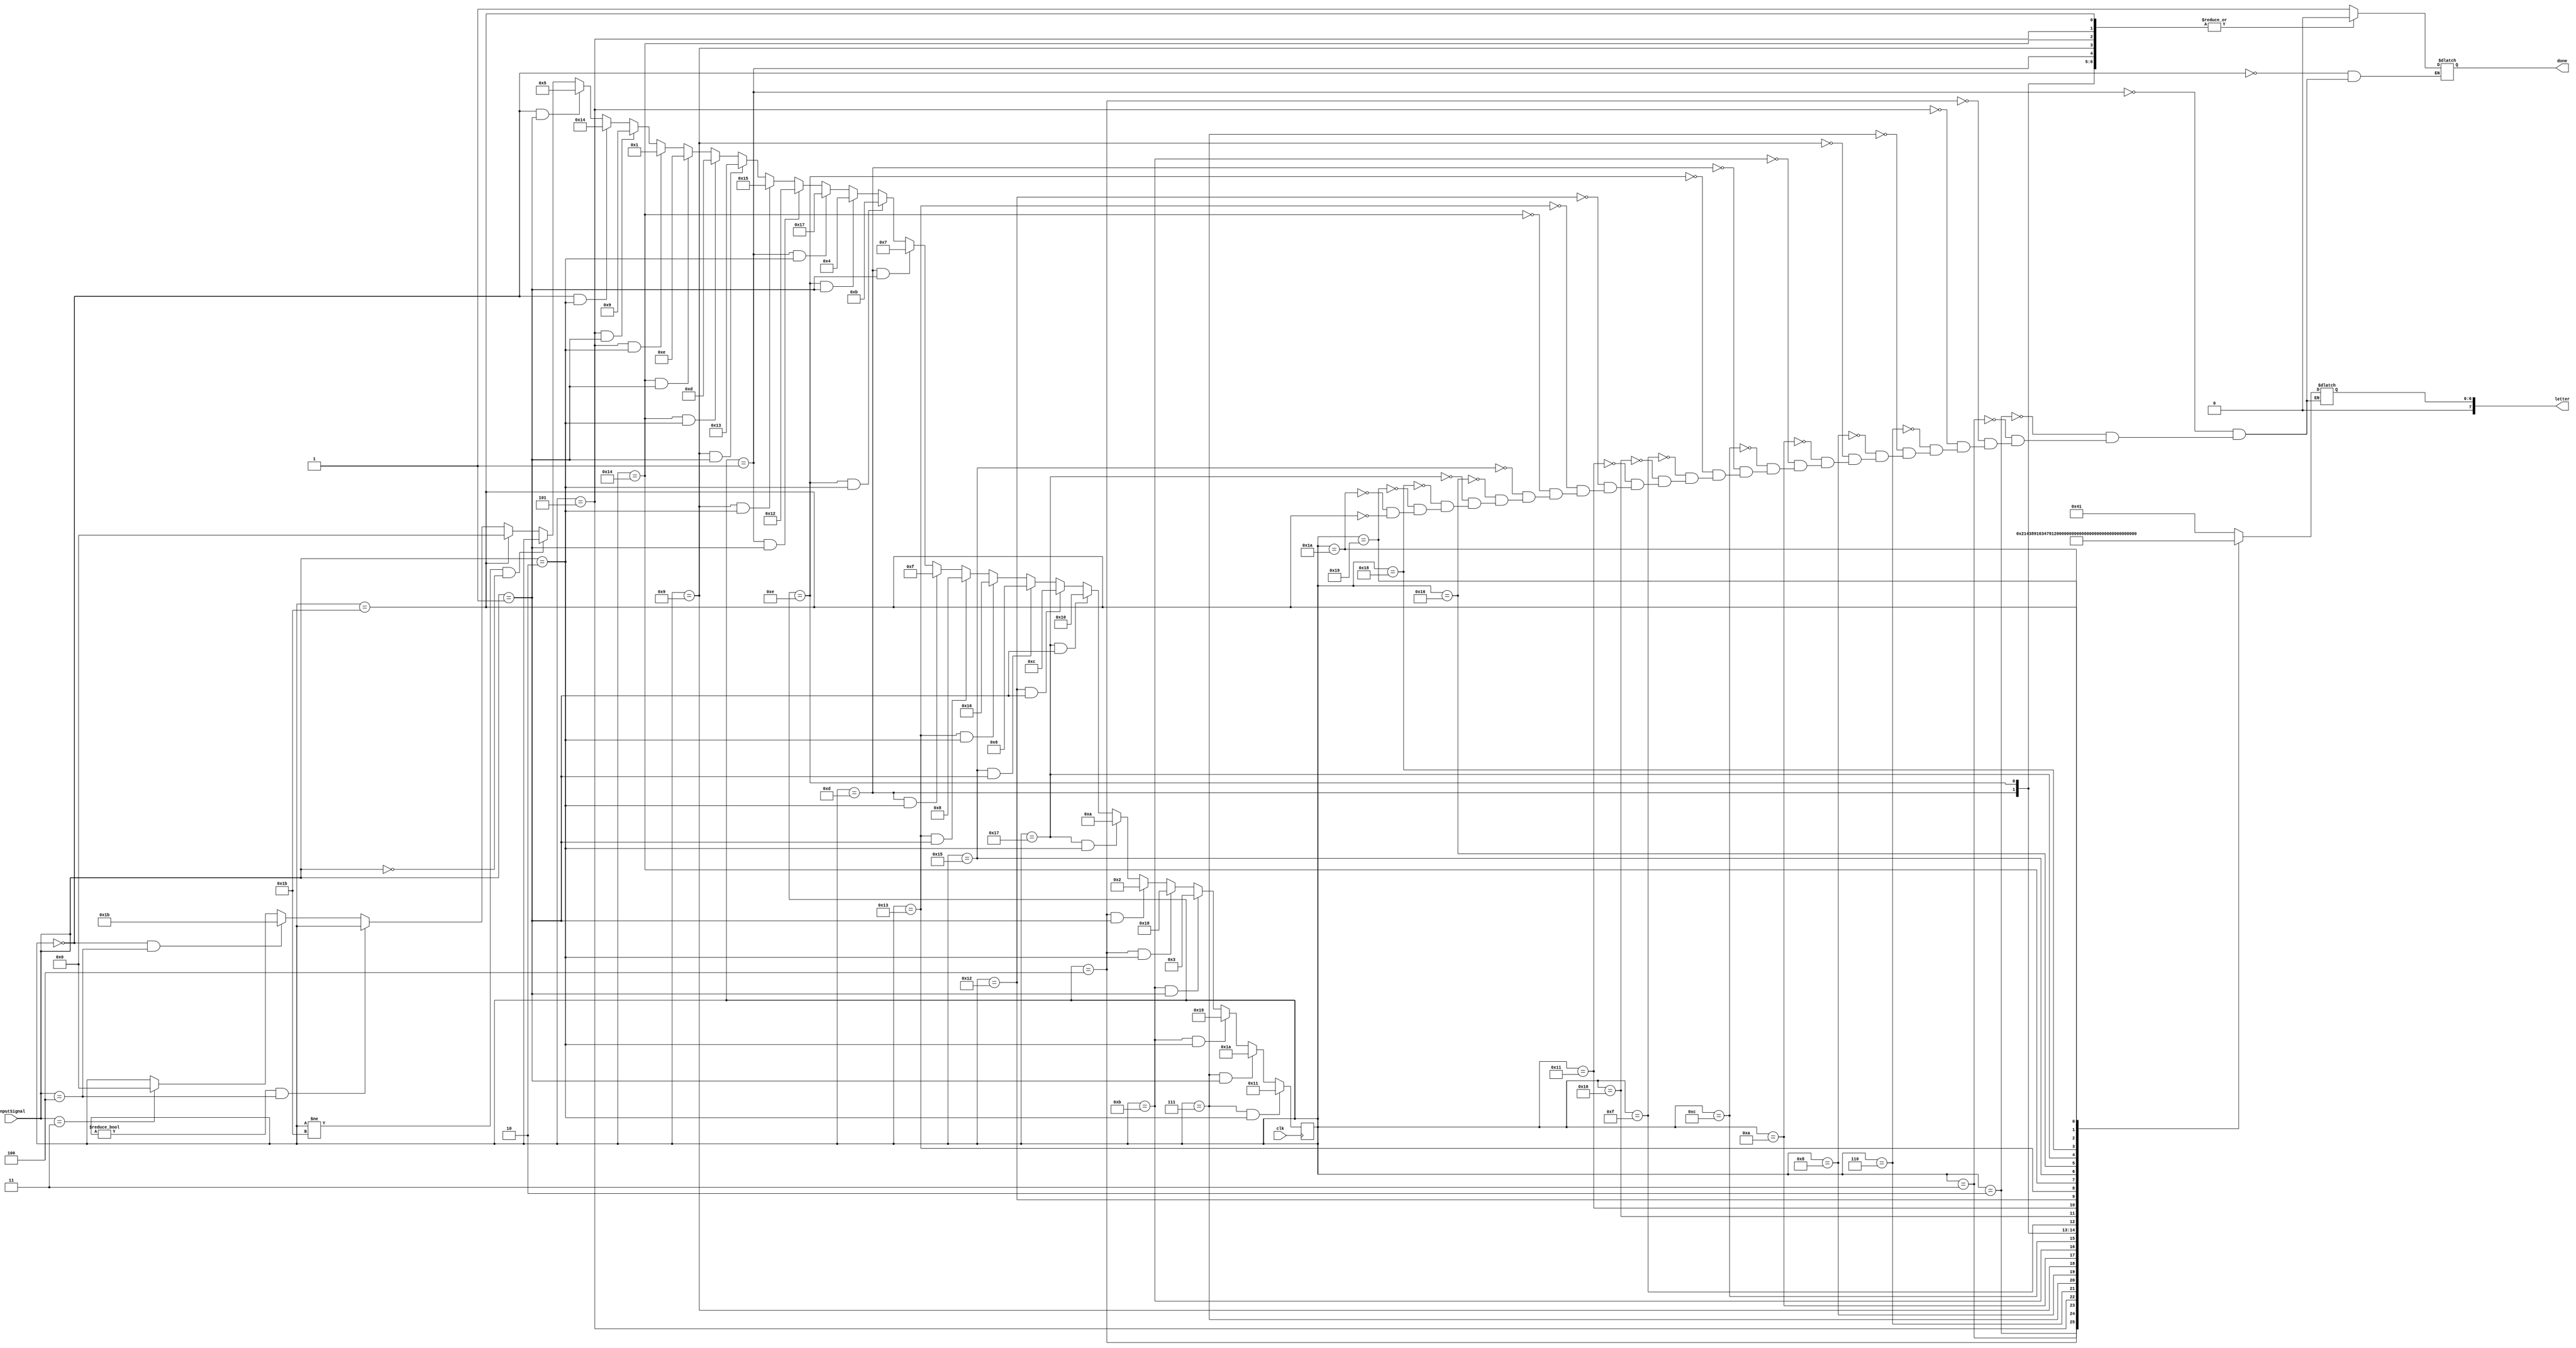
`ifndef ALPHA
`define ALPHA

// FSM which takes a dot, dash, or gap as an input and tracks through a tree of the alphabet with these signals

// Input signal defines
`define WAIT 3'h0
`define DIT 3'h1
`define DAH 3'h2
`define GAP 3'h3
`define SPACE 3'h4

module alphaFSM
(
  output reg [7:0] letter, // output letter
  output reg done, //
  input [2:0] inputSignal, // Can be dit, dah, gap, space, or wait
  input clk
);

  // state encoding (binary counter)
  reg [5:0] state;

  // states
  localparam start = 0,
             A = 1,
             B = 2,
             C = 3,
             D = 4,
             E = 5,
             F = 6,
             G = 7,
             H = 8,
             I = 9,
             J = 10,
             K = 11,
             L = 12,
             M = 13,
             N = 14,
             O = 15,
             P = 16,
             Q = 17,
             R = 18,
             S = 19,
             T = 20,
             U = 21,
             V = 22,
             W = 23,
             Ex = 24,
             Y = 25,
             Zee = 26,
             space = 27;

  // Set initial state to start
  initial begin
      state = start;
      letter = 8'b0;
  end

  // Update the state on the positive clock edge
  always @ ( posedge clk ) begin

      // Go back to start if a gap is reveived to
      // start a new letter
      if (inputSignal == `GAP) begin
        state <= start;
      end

      // If we encounter a space while in the start state go to the space
      // state and then to the start state
     if (state == start && inputSignal == `SPACE) begin
       state <= space;
     end
     if (state != start && inputSignal == `SPACE) begin
       state <= state;
     end
     if (state == space) begin
       state <= start;
     end

      // If a dit, dash, space, or gap has not yet been established,
      // stay in the same state (i.e. don't change leter).
      // Note that space will always go to start on the clock posedge
      // so we don't wait when in this state.
      if (state != space && inputSignal == `WAIT) begin
        state <= state;
      end


      // Transitions from start
      if (state == start && inputSignal == `DIT) begin
        state <= E;
      end
      if (state == start && inputSignal == `DAH) begin
        state <= T;
      end

      // Transitions from E
      if (state == E && inputSignal == `DIT) begin
        state <= I;
      end
      if (state == E && inputSignal == `DAH) begin
        state <= A;
      end

      // Transitions from T
      if (state == T && inputSignal == `DIT) begin
        state <= N;
      end
      if (state == T && inputSignal == `DAH) begin
        state <= M;
      end

      // Transitions from I
      if (state == I && inputSignal == `DIT) begin
        state <= S;
      end
      if (state == I && inputSignal == `DAH) begin
        state <= U;
      end

      // Transitions from A
      if (state == A && inputSignal == `DIT) begin
        state <= R;
      end
      if (state == A && inputSignal == `DAH) begin
        state <= W;
      end

      // Transitions from N
      if (state == N && inputSignal == `DIT) begin
        state <= D;
      end
      if (state == N && inputSignal == `DAH) begin
        state <= K;
      end

      // Transitions from M
      if (state == M && inputSignal == `DIT) begin
        state <= G;
      end
      if (state == M && inputSignal == `DAH) begin
        state <= O;
      end

      // Transitions from S
      if (state == S && inputSignal == `DIT) begin
        state <= H;
      end
      if (state == S && inputSignal == `DAH) begin
        state <= V;
      end

      // Transitions from U
      if (state == U && inputSignal == `DIT) begin
        state <= F;
      end

      // Transitions from R
      if (state == R && inputSignal == `DIT) begin
        state <= L;
      end

      // Transitions from W
      if (state == W && inputSignal == `DIT) begin
        state <= P;
      end
      if (state == W && inputSignal == `DAH) begin
        state <= J;
      end

      // Transitions from D
      if (state == D && inputSignal == `DIT) begin
        state <= B;
      end
      if (state == D && inputSignal == `DAH) begin
        state <= Ex;
      end

      // Transitions from K
      if (state == K && inputSignal == `DIT) begin
        state <= C;
      end
      if (state == K && inputSignal == `DAH) begin
        state <= Y;
      end

      // Transitions from G
      if (state == G && inputSignal == `DIT) begin
        state <= Zee;
      end
      if (state == G && inputSignal == `DAH) begin
        state <= Q;
      end
  end

  always @( state ) begin
      case (state)
        start: begin done = 1; letter = letter; end
        A: begin done = 0; letter = 65; end
        B: begin done = 0; letter = 66; end
        C: begin done = 0; letter = 67; end
        D: begin done = 0; letter = 68; end
        E: begin done = 0; letter = 69; end
        F: begin done = 0; letter = 70; end
        G: begin done = 0; letter = 71; end
        H: begin done = 0; letter = 72; end
        I: begin done = 0; letter = 73; end
        J: begin done = 0; letter = 74; end
        K: begin done = 0; letter = 75; end
        L: begin done = 0; letter = 76; end
        M: begin done = 0; letter = 77; end
        N: begin done = 0; letter = 78; end
        O: begin done = 0; letter = 79; end
        P: begin done = 0; letter = 80; end
        Q: begin done = 0; letter = 81; end
        R: begin done = 0; letter = 82; end
        S: begin done = 0; letter = 83; end
        T: begin done = 0; letter = 84; end
        U: begin done = 0; letter = 85; end
        V: begin done = 0; letter = 86; end
        W: begin done = 0; letter = 87; end
        Ex: begin done = 0; letter = 88; end
        Y: begin done = 0; letter = 89; end
        Zee: begin done = 0; letter = 90; end
        space: begin done = 0; letter = 32; end
      endcase
  end
endmodule
`endif